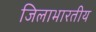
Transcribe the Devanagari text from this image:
जिलाभारतीय